Annual report on the Civil Veterinary Department, Burma (including the Insein Veterinary School) - 1923-1931
Year: 1923
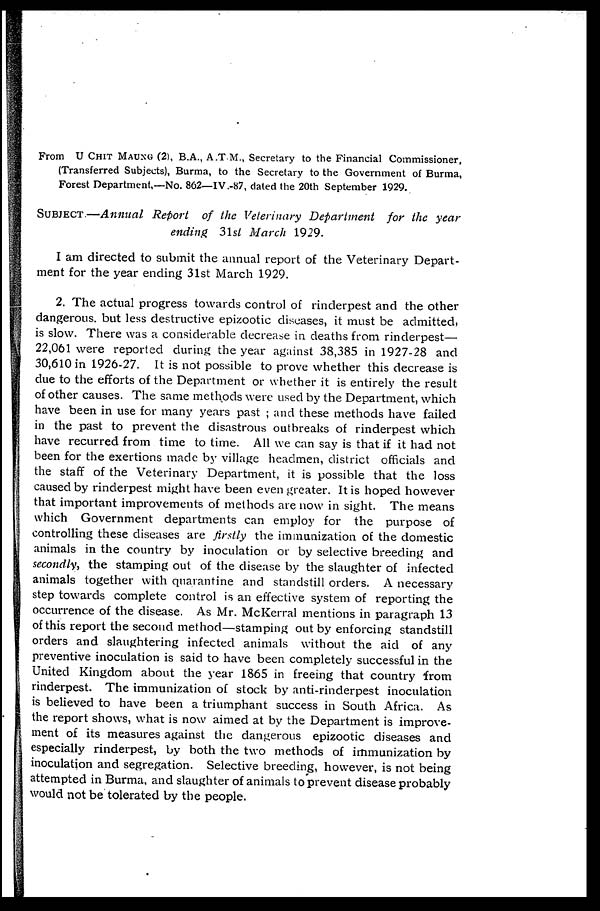
From U CHIT MAUNG (2), B.A., A.T.M., Secretary to the Financial Commissioner,
(Transferred Subjects), Burma, to the Secretary to the Government of Burma,
Forest Department,—No. 862—IV.-87, dated the 20th September 1929.
SUBJECT.—Annual Report of the Veterinary Department for the year
ending 31st March 1929.
I am directed to submit the annual report of the Veterinary Depart-
ment for the year ending 31st March 1929.
2. The actual progress towards control of rinderpest and the other
dangerous, but less destructive epizootic diseases, it must be admitted,
is slow. There was a considerable decrease in deaths from rinderpest—
22,061 were reported during the year against 38,385 in 1927-28 and
30,610 in 1926-27. It is not possible to prove whether this decrease is
due to the efforts of the Department or whether it is entirely the result
of other causes. The same methods were used by the Department, which
have been in use for many years past ; and these methods have failed
in the past to prevent the disastrous outbreaks of rinderpest which
have recurred from time to time. All we can say is that if it had not
been for the exertions made by village headmen, district officials and
the staff of the Veterinary Department, it is possible that the loss
caused by rinderpest might have been even greater. It is hoped however
that important improvements of methods are now in sight. The means
which Government departments can employ for the purpose of
controlling these diseases are firstly the immunization of the domestic
animals in the country by inoculation or by selective breeding and
secondly, the stamping out of the disease by the slaughter of infected
animals together with quarantine and standstill orders. A necessary
step towards complete control is an effective system of reporting the
occurrence of the disease. As Mr. McKerral mentions in paragraph 13
of this report the second method—stamping out by enforcing standstill
orders and slaughtering infected animals without the aid of any
preventive inoculation is said to have been completely successful in the
United Kingdom about the year 1865 in freeing that country from
rinderpest. The immunization of stock by anti-rinderpest inoculation
is believed to have been a triumphant success in South Africa. As
the report shows, what is now aimed at by the Department is improve-
ment of its measures against the dangerous epizootic diseases and
especially rinderpest, by both the two methods of immunization by
inoculation and segregation. Selective breeding, however, is not being
attempted in Burma, and slaughter of animals to prevent disease probably
would not be tolerated by the people.